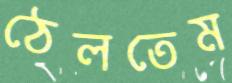
ঠেলতেম